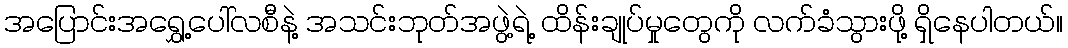
အပြောင်းအရွှေ့ပေါ်လစီနဲ့ အသင်းဘုတ်အဖွဲ့ရဲ့ ထိန်းချုပ်မှုတွေကို လက်ခံသွားဖို့ ရှိနေပါတယ်။